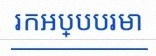
រកអប្បបរមា